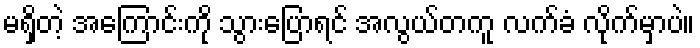
မရှိတဲ့ အကြောင်းကို သွားပြောရင် အလွယ်တကူ လက်ခံ လိုက်မှာပဲ။